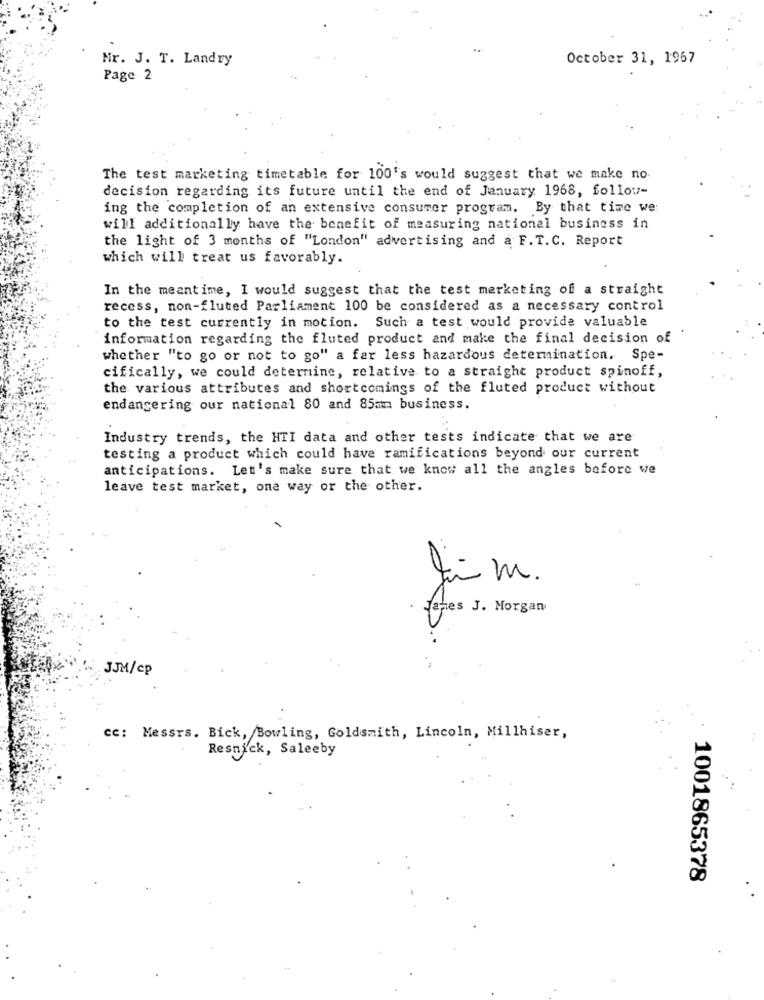
Mr. J. T. Landry
October 31, 1967
Page 2
The test marketing timetable for 100's would suggest that we make no
decision regarding its future until the end of January 1968, follow-
ing the completion of an extensive consumer program. By that time we
will additionally have the benefit of measuring national business in
the light of 3 months of "London" advertising and a F. T. C. Report
which will treat us favorably.
In the meantime, I would suggest that the test merketing of a straight
recess, non-fluted Parliament 100 be considered as a necessary control
to the test currently in motion. Such a test would provide valuable
information regarding the fluted product and make the final decision of
whether "to go or not to go" a far less hazardous determination. Spe-
cifically, we could determine, relative to a straight product spinoff,
the various attributes and shortcomings of the fluted product without
endangering our national 80 and 85mm business.
Industry trends, the HTI data and other tests indicate that we are
testing a product which could have ramifications beyond our current
anticipations. Let's make sure that we know all the angles before we
leave test market, one way or the other.
James J. Morgan
JJM/cp
cc: Messrs. Bick, Bowling, Goldsmith, Lincoln, Millhiser,
Resnick, Saleeby
1001865378